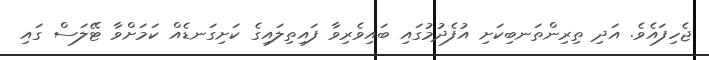
ޖެހިފައެވެ. އަދި ތިރިންތަނބިކަށި އުފެދުމުގައި ބައިވެރިވާ ފައިތިލައިގެ ކަށިގަނޑެއް ކަމަށްވާ ޓޭލަސް ގައި